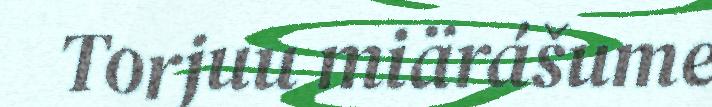
Torjuu miärášume